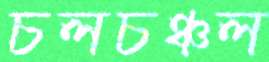
চলচঞ্চল